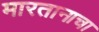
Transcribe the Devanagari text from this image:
मारतानाचा